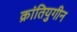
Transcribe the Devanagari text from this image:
क्रांतियुगीन